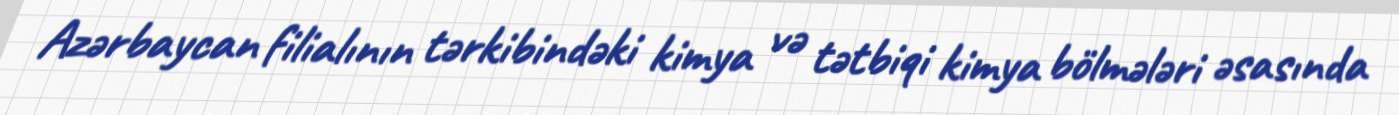
Azərbaycan filialının tərkibindəki kimya və tətbiqi kimya bölmələri əsasında